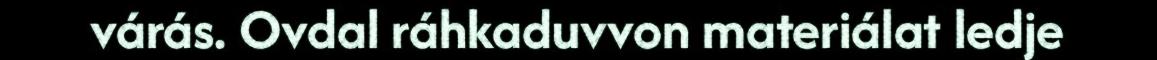
várás. Ovdal ráhkaduvvon materiálat ledje